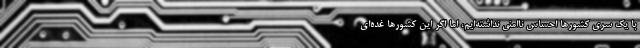
با یک سری کشورها احساس ناامنی نداشته‌ایم، اما اگر این کشورها غده‌ای